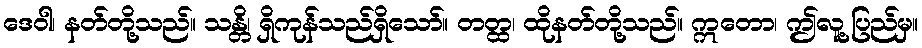
ဒေဝါ၊ နတ်တို့သည်။ သန္တိ၊ ရှိကုန်သည်ရှိသော်။ တတ္ထ၊ ထိုနတ်တို့သည်။ ဣတော၊ ဤလူ့ပြည်မှ။